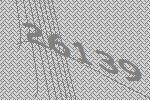
26139